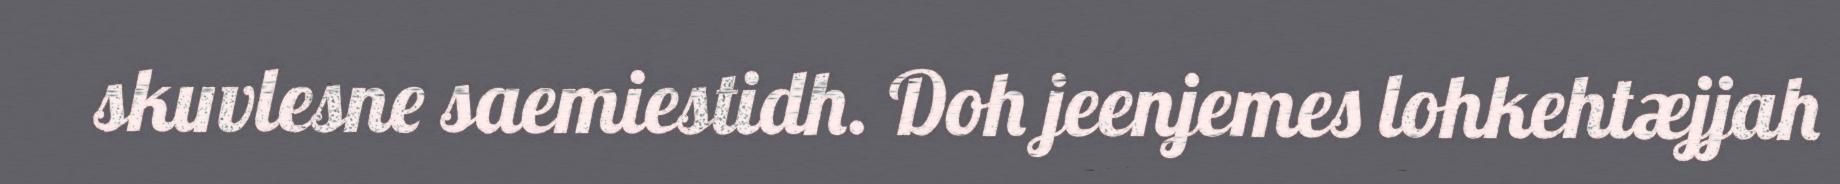
skuvlesne saemiestidh. Doh jeenjemes lohkehtæjjah